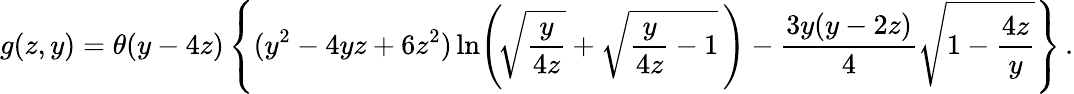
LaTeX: g(z,y)=\theta(y-4z)\left\{ (y^{2}-4yz+6z^{2})\ln\! \left(\! \sqrt{\frac{y}{4z}}+\sqrt{\frac{y}{4z}-1}\, \right)-\frac{3y(y-2z)}{4}\sqrt{1-\frac{4z}{y}}\right\} \, .